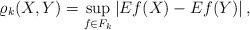
LaTeX: \begin{align*}\varrho_{k} (X,Y)=\sup_{f \in F_{k}} \left| Ef(X) - Ef(Y) \right|,\end{align*}